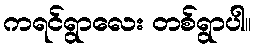
ကရင်ရွာလေး တစ်ရွာပါ။